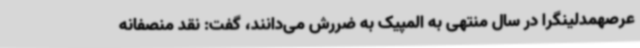
عرصهمدلینگرا در سال منتهی به المپیک به ضررش می‌دانند، گفت: نقد منصفانه